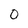
Character: 0